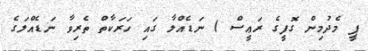
ޕީ މެދުމިން ގޮފީގެ ރަޢީސް ) ނަޑެއްލާ ގައި ހަރަކާތް ތެރިވާ ނަޑެއްލަގެ